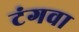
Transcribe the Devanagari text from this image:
टंगवा